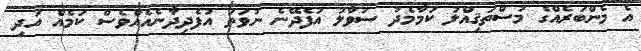
އެ މެންބަރެއްގެ މުސްތަޤިއްލު ކަމާމެދު ސުވާލު އުފެދޭނެ ނުވަތަ އުފެދިދާނެއެއްވެސް ކަމެއް އަދި